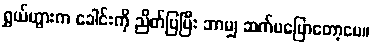
ရွှယ်ဟွားက ခေါင်းကို ညိတ်ပြပြီး ဘာမျှ ဆက်မပြောတော့ပေ။